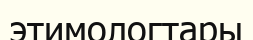
этимологтары